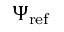
\Psi _ { \mathrm { r e f } }